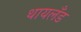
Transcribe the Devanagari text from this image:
थायलँड